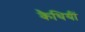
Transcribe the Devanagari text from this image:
कैथियीं